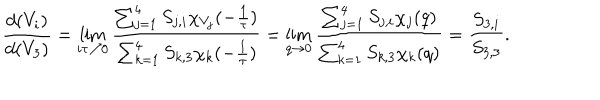
\frac { d ( V _ { i } ) } { d ( V _ { 3 } ) } = \lim _ { i \tau \nearrow 0 } \frac { \sum _ { j = 1 } ^ { 4 } S _ { j , i } \chi _ { V _ { j } } ^ { } ( - \frac { 1 } { \tau } ) } { \sum _ { k = 1 } ^ { 4 } S _ { k , 3 } \chi _ { k } ^ { } ( - \frac { 1 } { \tau } ) } = \lim _ { q \rightarrow 0 } \frac { \sum _ { j = 1 } ^ { 4 } S _ { j , i } \chi _ { j } ^ { } ( q ) } { \sum _ { k = 1 } ^ { 4 } S _ { k , 3 } \chi _ { k } ^ { } ( q ) } = \frac { S _ { 3 , i } } { S _ { 3 , 3 } } .